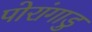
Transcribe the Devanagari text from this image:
पोरांगाडु